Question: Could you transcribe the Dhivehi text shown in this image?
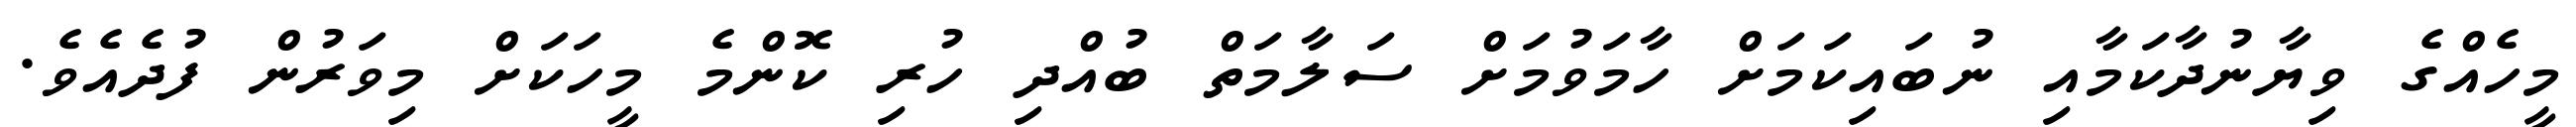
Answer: މީހެއްގެ ވިޔާނުދާކަމާއި ނުބައިކަމަށް ހާމަވުމަށް ސަލާމަތް ބުއްދި ހުރި ކޮންމެ މީހަކަށް މިވަރުން ފުދެއެވެ.